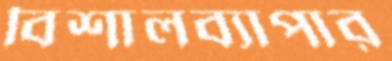
বিশালব্যাপার